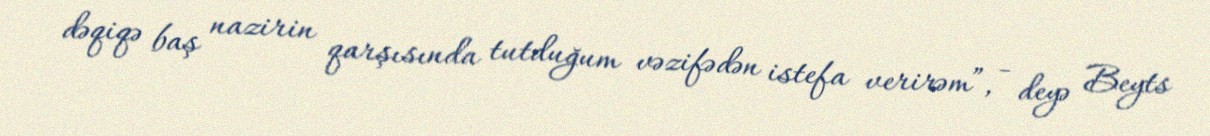
dəqiqə baş nazirin qarşısında tutduğum vəzifədən istefa verirəm”, - deyə Beyts